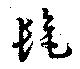
髦